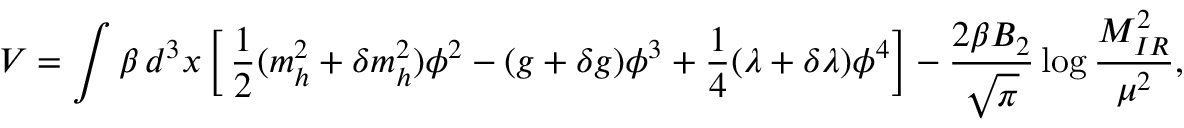
V = \int \beta \, d ^ { 3 } x \left[ \, \frac { 1 } { 2 } ( m _ { h } ^ { 2 } + \delta m _ { h } ^ { 2 } ) \phi ^ { 2 } - ( g + \delta g ) \phi ^ { 3 } + \frac { 1 } { 4 } ( \lambda + \delta \lambda ) \phi ^ { 4 } \right] - \frac { 2 \beta B _ { 2 } } { \sqrt { \pi } } \log \frac { M _ { I R } ^ { 2 } } { \mu ^ { 2 } } ,